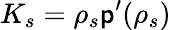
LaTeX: K_{s}=\rho_{s}\mathsf{p}^{\prime}(\rho_{s})